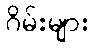
ဂိမ်းများ